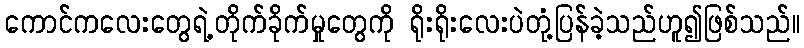
ကောင်ကလေးတွေရဲ့တိုက်ခိုက်မှုတွေကို ရိုးရိုးလေးပဲတုံ့ပြန်ခဲ့သည်ဟူ၍ဖြစ်သည်။